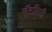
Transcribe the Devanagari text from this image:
नॅटलिटी